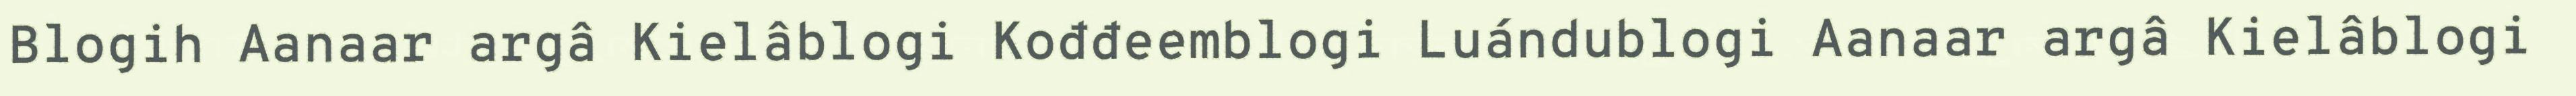
Blogih Aanaar argâ Kielâblogi Kođđeemblogi Luándublogi Aanaar argâ Kielâblogi